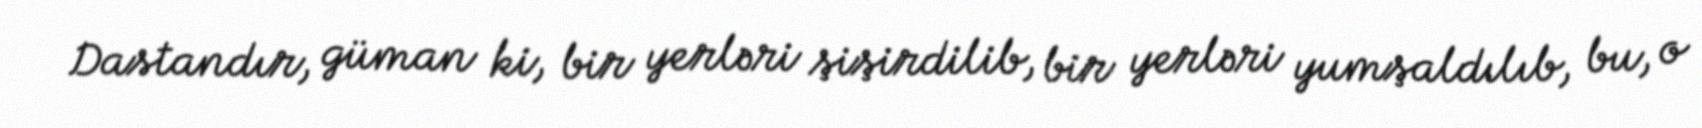
Dastandır, güman ki, bir yerləri şişirdilib, bir yerləri yumşaldılıb, bu, o